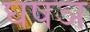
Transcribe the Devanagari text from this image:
घषञ